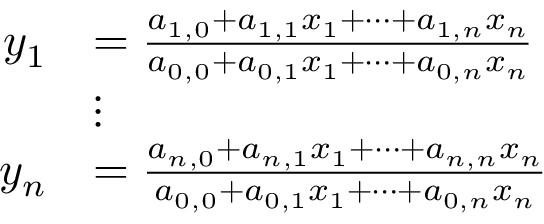
{ \begin{array} { r l } { y _ { 1 } } & { = { \frac { a _ { 1 , 0 } + a _ { 1 , 1 } x _ { 1 } + \dots + a _ { 1 , n } x _ { n } } { a _ { 0 , 0 } + a _ { 0 , 1 } x _ { 1 } + \dots + a _ { 0 , n } x _ { n } } } } \\ & { \vdots } \\ { y _ { n } } & { = { \frac { a _ { n , 0 } + a _ { n , 1 } x _ { 1 } + \dots + a _ { n , n } x _ { n } } { a _ { 0 , 0 } + a _ { 0 , 1 } x _ { 1 } + \dots + a _ { 0 , n } x _ { n } } } } \end{array} }